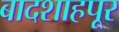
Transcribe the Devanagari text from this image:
बादशाहपूर